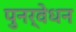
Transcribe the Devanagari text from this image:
पुनर्वेधन